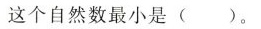
这个自然数最小是( )。